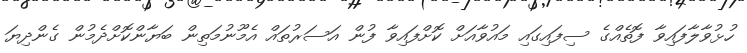
ހުޅުވާލާފައިވާ ފޮތެއްގެ ސިފައިގައި މައުވާއަށް ކޮށްފައިވާ ފުން އަސަރުތައް އެމޫނުމަތިން ބަޔާންކޮށްދެމުން ގެންދިޔަ